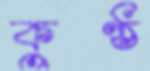
কুণ্ঠ